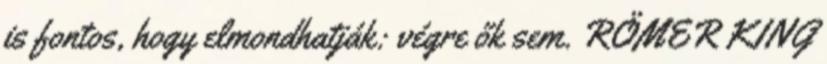
is fontos, hogy elmondhatják: végre ők sem. RÖMER KING